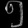
Digit: ၅